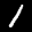
Label: 1